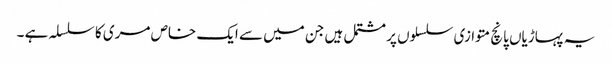
یہ پہاڑیاں پانچ متوازی سلسلوں پر مشتمل ہیں جن میں سے ایک خاص مری کا سلسلہ ہے ۔